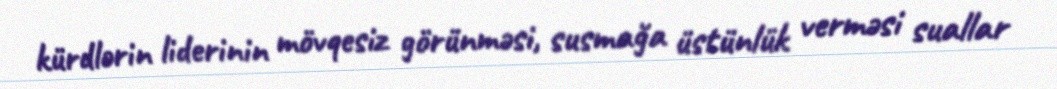
kürdlərin liderinin mövqesiz görünməsi, susmağa üstünlük verməsi suallar